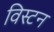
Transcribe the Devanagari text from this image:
विस्टन